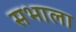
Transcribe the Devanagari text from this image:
सभाला